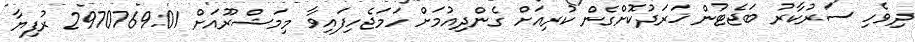
ދިވެހި ސަރުކާރު ބަޖެޓުން ޚަރަދުކޮށްގެން ކުރިއަށް ގެންދިއުމަށް ހަމަޖެހިފައިވާ މިމަޝްރޫއަށް 2970769.01 ރުފިޔާ